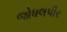
જોધલપીર